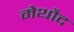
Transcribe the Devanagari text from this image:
मेथौद